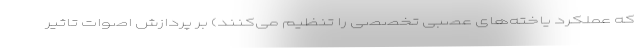
که عملکرد یاخته‌های عصبی تخصصی را تنظیم می‌کنند) بر پردازش اصوات تاثیر